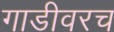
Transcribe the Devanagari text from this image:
गाडीवरच